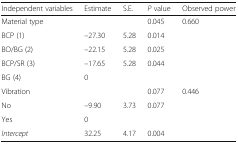
<table><thead><tr><td><b>Independent variables</b></td><td><b>Estimate</b></td><td><b>S.E.</b></td><td><b><i>P</i> value</b></td><td><b>Observed power</b></td></tr></thead><tbody><tr><td>Material type</td><td></td><td></td><td>0.045</td><td>0.660</td></tr><tr><td>BCP (1)</td><td>–27.30</td><td>5.28</td><td>0.014</td><td></td></tr><tr><td>BO/BG (2)</td><td>–22.15</td><td>5.28</td><td>0.025</td><td></td></tr><tr><td>BCP/SR (3)</td><td>–17.65</td><td>5.28</td><td>0.044</td><td></td></tr><tr><td>BG (4)</td><td>0</td><td></td><td></td><td></td></tr><tr><td>Vibration</td><td></td><td></td><td>0.077</td><td>0.446</td></tr><tr><td>No</td><td>–9.90</td><td>3.73</td><td>0.077</td><td></td></tr><tr><td>Yes</td><td>0</td><td></td><td></td><td></td></tr><tr><td><i>Intercept</i></td><td>32.25</td><td>4.17</td><td>0.004</td><td></td></tr></tbody></table>